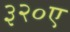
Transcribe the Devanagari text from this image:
३२०ए